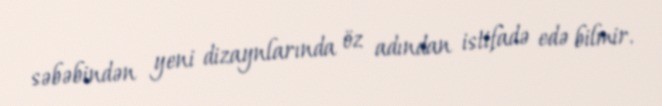
səbəbindən yeni dizaynlarında öz adından istifadə edə bilmir.